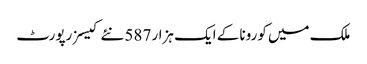
ملک میں کورونا کے ایک ہزار 587 نئے کیسز رپورٹ